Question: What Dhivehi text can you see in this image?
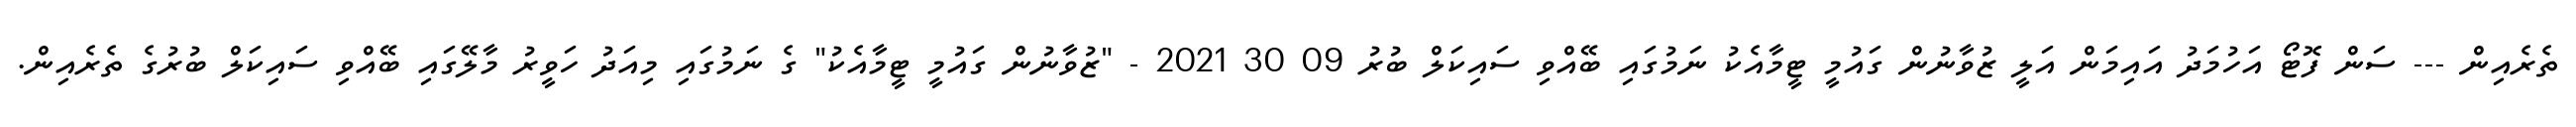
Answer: ތެރެއިން --- ސަން ފޮޓޯ އަހުމަދު އައިމަން އަލީ ޒުވާނުން ގައުމީ ޓީމާއެކު ނަމުގައި ބޭއްވި ސައިކަލް ބުރު 09 30 2021 - "ޒުވާނުން ގައުމީ ޓީމާއެކު" ގެ ނަމުގައި މިއަދު ހަވީރު މާލޭގައި ބޭއްވި ސައިކަލް ބުރުގެ ތެރެއިން.